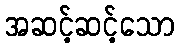
အဆင့်ဆင့်သော